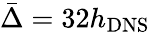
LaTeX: \bar{\Delta}=32{h_{\mathrm{{DNS}}}}